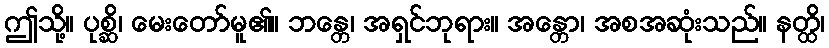
ဤသို့။ ပုစ္ဆိ၊ မေးတော်မူ၏။ ဘန္တေ၊ အရှင်ဘုရား။ အန္တော၊ အစအဆုံးသည်။ နတ္ထိ၊